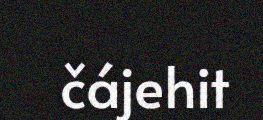
čájehit